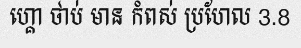
ហ្គោ ថាប់ មាន កំពស់ ប្រហែល 3.8